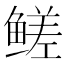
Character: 𬶣